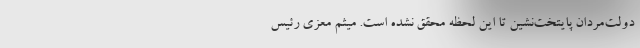
دولت‌مردان پایتخت‌نشین تا این لحظه محقق نشده است. میثم معزی رئیس